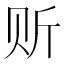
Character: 𲂼